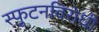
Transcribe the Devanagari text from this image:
स्‍फुटनविरोधी